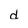
Character: d